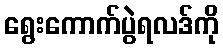
ရွေးကောက်ပွဲရလဒ်ကို